Alphabetical list of drugs, medicines and other preparations free from, and containing, spirit compiled from the results of tests made by the customs houses at Calcutta, Bombay, and Madras
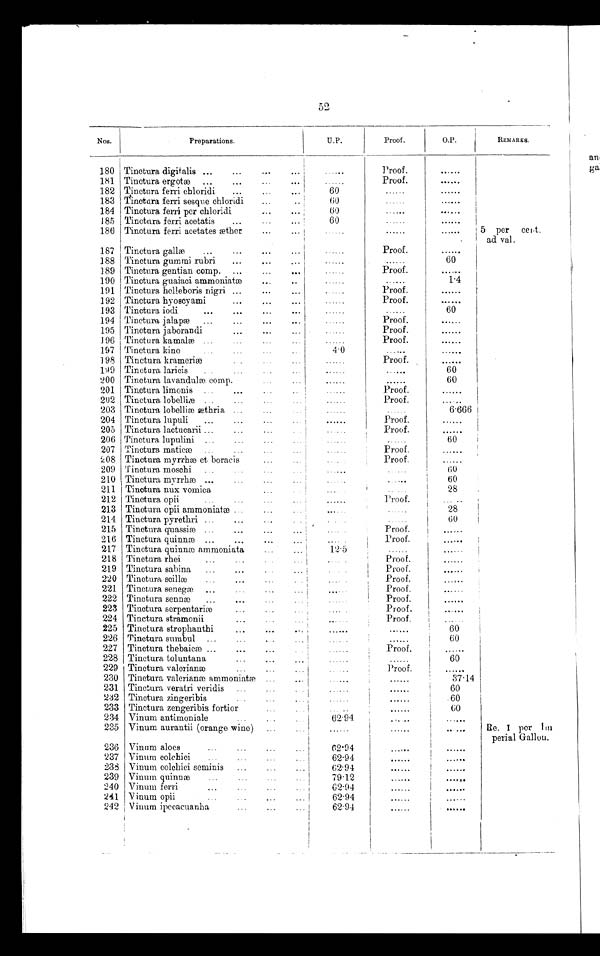
Nos.
Preparations.
U.P.
Proof.
O.P.
REMARKS.
180 Tinctura digitalis ...
...
...
. . .
Proof.
.....
181 Tinctura ergotæ...
...
......
Proof.
......
182 Tinctura ferri chloridi
...
...
60
183 Tinctura ferri sesque chloridi
...
60
184 Tinctura ferri per chloridi
....
60
..
185 Tinctura ferri acetatis
...
60
186 Tinctura ferri acetates æther
...
......
5 per cent.
ad val.
187 Tinctura gallæ
...
...
...
...
......
Proof.
......
188 Tinctura gummi rubri
...
...
...
. . . . . .
60
189 Tinctura gentian comp. ...
...
..
......
Proof.
......
190 Tinctura guaiaci ammoniatæ
...
......
1.4
191 Tinctura helleboris nigri ...
...
...
..
Proof.
......
192 Tinctura hyoscyami
...
...
...
......
Proof.
......
193 Tinctura iodi
...
. . . ... ...
......
......
60
194 Tinctura jalapæ
...
...
...
...
....
Proof.
......
195 Tinctura jaborandi
...
...
...
......
Proof.
......
196 Tinctura kamalæ
...
......
Proof.
......
197 Tinctura kino
...
...
..
4.0
.....
......
198 Tinctura krameriæ
......
Proof.
......
199 Tinctura laricis
. .
...
. .
......
60
200 Tinctura lavandulæ comp.
......
60
201 Tinctura limonis
...
......
Proof.
. .....
202 Tinctura lobelliæ ... ... ... ...
......
Proof.
... ..
203 Tinctura lobelliæ æthria ...
...
......
6.666
204 Tinctura lupuli
...
...
...
......
Proof.
......
205 Tinctura lactucarii ...
...
.
Proof.
......
206 Tinctura lupulini ...
...
...
......
60
207 Tinctura. maticæ
......
Proof.
......
2 0 8
Tinctura myrrhæ et boracis
...
...
Proof.
......
209 Tinctura moschi
...
...
......
60
210 Tinctura myrrhæ ...
...
...
...
....
. . . . . .
60
211 Tinotura nux vomica
...
...
..
28
212 Tinctura opii
...
...
......
Proof.
... ..
213 Tinctura opii ammoniatæ ...
. .
28
214 Tinctura pyrethri ...
...
.
60
215 Tinctura quassiæ
...
...
...
.
Proof
......
216 Tinctura quinnæ ...
...
...
...
.... .
Proof.
217 Tinctura quinnæ ammoniata
...
12.5
218 Tinctura rhei
...
...
.
...
Proof.
......
219 Tinctura sabina
...
...
.
..
Proof
. ....
220 Tinctura scillæ
.. . . .
Proof.
. . . . . .
221 Tinctura senegæ ...
...
...
...
. . . . .
Proof.
. . . . . .
222 Tinctura sennæ
...
...
Proof.
. . . . . .
223 Tinctura serpentariæ
.... .
Proof.
......
224 Tinctura stramonii
...
.
Proof.
. . .
225 Tinctura strophanthi
...
...
......
60
226 Tinctura sumbul ...
......
60
227 Tinctura thebaicæ ...
...
...
.....
Proof.
. . . . . .
228 Tinctura toluntana
...
...
......
60
229 Tinctura valerianæ...
Proof.
. . . . . .
230 Tinctura valerianæ ammoniatæ
...
......
37.14
231 Tinctura veratri veridis
.
60
232 Tinctura zingeribis...
......
60
233 Tinctura zengeribis fortior
...
... ..
......
60
234 Vinum antimoniale
62.94
. ..
......
235 Vinum aurantii (orange wine)
......
. .
. . . Re. 1 per l m
perial Gallon.
236 Vinum aloes...
...
...
62.94
. . . . . .
. . . . . .
237 Vinum colchici
...
...
62.94
238 Vinum colchici seminis
......
62.94
239 Vinum quinnæ...
..
79.12
......
240 Vinum ferri...
...
62.94
241 Vinum opii
...
62.94
242 Vinum ipecacuanha
...
...
62.94
......